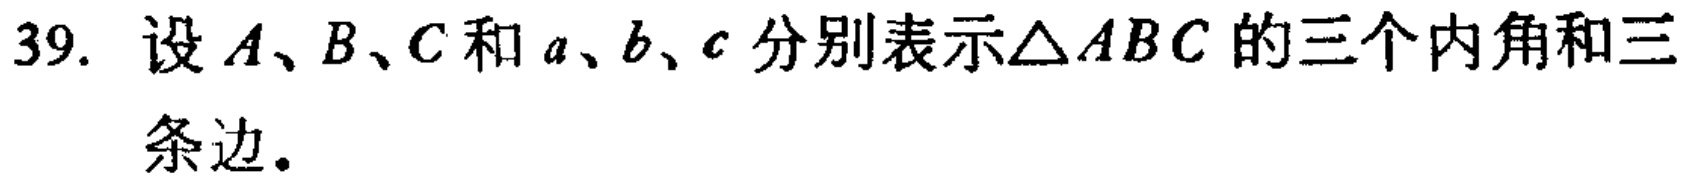
39. 设\(A、B、C\)和\(a、b、c\)分别表示\(\triangle ABC\)的三个内角和三条边。